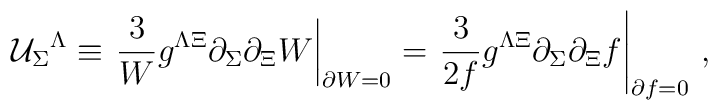
{\cal U}_\Sigma{}^ \Lambda \equiv\left.\frac{3}{W}  g^{\Lambda \Xi}\partial_\Sigma \partial_\Xi  W\right|_{\partial W =0}=\left. \frac{3}{2f}  g^{\Lambda \Xi}\partial_\Sigma \partial_\Xi  f \right|_{\partial f =0} \,,